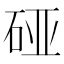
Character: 𰦴